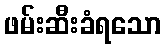
ဖမ်းဆီးခံရသော